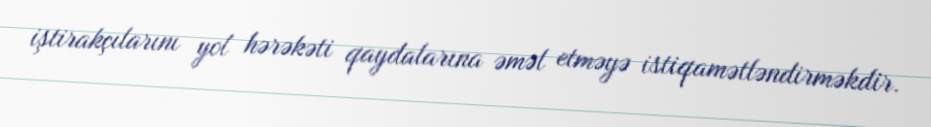
iştirakçılarını yol hərəkəti qaydalarına əməl etməyə istiqamətləndirməkdir.